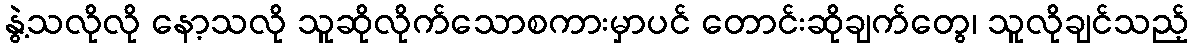
နွဲ့သလိုလို နော့သလို သူဆိုလိုက်သောစကားမှာပင် တောင်းဆိုချက်တွေ၊ သူလိုချင်သည့်